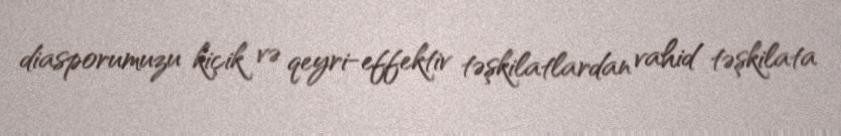
diasporumuzu kiçik və qeyri-effektiv təşkilatlardan vahid təşkilata